Subject: math
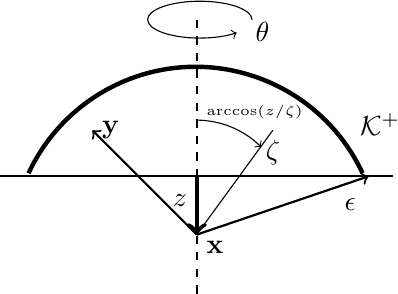
LaTeX code:
\begin{tikzpicture}[xscale=0.78,yscale=0.78]
\draw [-,dashed, thick] (0,3.5) -- (0,-1);
\draw [->,ultra thick] (0,.95) -- (0,0);
\draw [->,thick] (0,0) -- (2.8,.95);
\draw[->,thick] (0,0) -- (-1.7,1.7);
\draw [-,thick] (-3.2,.95) -- (3.2,.95);
\node [right] at (-1.7,1.7) {${\bf y}$};
\node [left] at (0,.55) {${z}$};
\draw [ultra thick] (2.7,1) arc [radius=3, start angle=25, end angle=155];
\node [right] at (0,-0.2) {${\bf x}$};
\draw [<-](1.05,1.425) arc (45:90:1.5);
\draw [-] (0,0) -- (1.24,1.7);
\node [below] at (1.24,1.7) {$\zeta$};
\draw [->] (.9,3.5) arc (0:315:.85cm and .3cm);
\node [below] at (2.5,.75) {$\epsilon$};
\node [right] at (2.5,1.8) {$\mathcal{K}^+$};
\node [right] at (.8,3.3) {$\theta$};
\node [right] at (.0,2.0) {$\scriptscriptstyle{\arccos(z/\zeta)}$};
\end{tikzpicture}